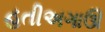
હતીઅગાઊ